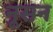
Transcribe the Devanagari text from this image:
नूसन